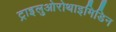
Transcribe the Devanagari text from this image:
ट्राइलुओरोथाइमिडिन